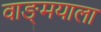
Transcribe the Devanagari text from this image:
वाङ्‌मयाला